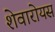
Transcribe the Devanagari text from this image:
शेवारोयस